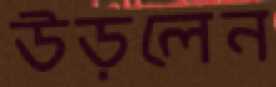
উড়লেন